Annual report on the Civil Veterinary Department, Burma (including the Insein Veterinary School) - 1932-1941
Year: 1932
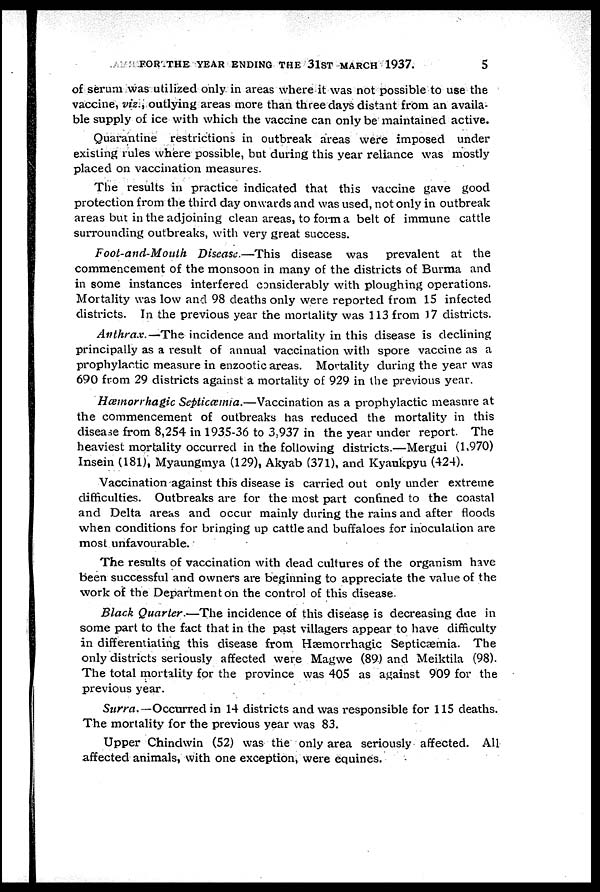
FOR THE YEAR ENDING THE 31ST MARCH 1937.
5
of serum was utilized only in areas where it was not possible to use the
vaccine, viz., outlying areas more than three days distant from an availa-
ble supply of ice with which the vaccine can only be maintained active.
Quarantine restrictions in outbreak areas were imposed under
existing rules where possible, but during this year reliance was mostly
placed on vaccination measures.
The results in practice indicated that this vaccine gave good
protection from the third day onwards and was used, not only in outbreak
areas but in the adjoining clean areas, to form a belt of immune cattle
surrounding outbreaks, with very great success.
Foot-and-Mouth Disease.—This disease was prevalent at the
commencement of the monsoon in many of the districts of Burma and
in some instances interfered considerably with ploughing operations.
Mortality was low and 98 deaths only were reported from 15 infected
districts. In the previous year the mortality was 113 from 17 districts.
Anthrax.—The incidence and mortality in this disease is declining
principally as a result of annual vaccination with spore vaccine as a
prophylactic measure in enzootic areas. Mortality during the year was
690 from 29 districts against a mortality of 929 in the previous year.
Hæmorrhagic Septicæmia.—Vaccination as a prophylactic measure at
the commencement of outbreaks has reduced the mortality in this
disease from 8,254 in 1935-36 to 3,937 in the year under report. The
heaviest mortality occurred in the following districts.—Mergui (1,970)
Insein (181), Myaungmya (129), Akyab (371), and Kyaukpyu (424).
Vaccination against this disease is carried out only under extreme
difficulties. Outbreaks are for the most part confined to the coastal
and Delta areas and occur mainly during the rains and after floods
when conditions for bringing up cattle and buffaloes for inoculation are
most unfavourable.
The results of vaccination with dead cultures of the organism have
been successful and owners are beginning to appreciate the value of the
work of the Department on the control of this disease.
Black Quarter.—The incidence of this disease is decreasing due in
some part to the fact that in the past villagers appear to have difficulty
in differentiating this disease from Hæmorrhagic Septicæmia. The
only districts seriously affected were Magwe (89) and Meiktila (98).
The total mortality for the province was 405 as against 909 for the
previous year.
Surra.-Occurred
in 14 districts and was responsible for 115 deaths.
The mortality for the previous year was 83.
Upper Chindwin (52) was the only area seriously affected. All
affected animals, with one exception, were equines.